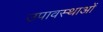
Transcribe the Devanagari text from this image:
उपावस्थाओं